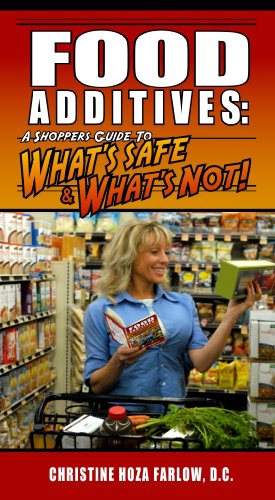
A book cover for Food Additives: A Shopper's Guide To What's Safe & What's Not; Christine Hoza Farlow D.C.; Health, Fitness & Dieting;